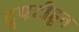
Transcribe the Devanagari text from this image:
दुपटीहून